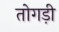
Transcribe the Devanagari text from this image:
तोगड़ी